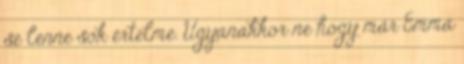
se lenne sok értelme. Ugyanakkor ne hogy már Emma